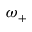
\omega _ { + }